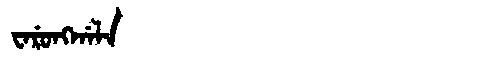
Manchu: ᠸᠠᡵᡠᠩᡤᠠᠯᠠ
Romanization: WARUNGGALA